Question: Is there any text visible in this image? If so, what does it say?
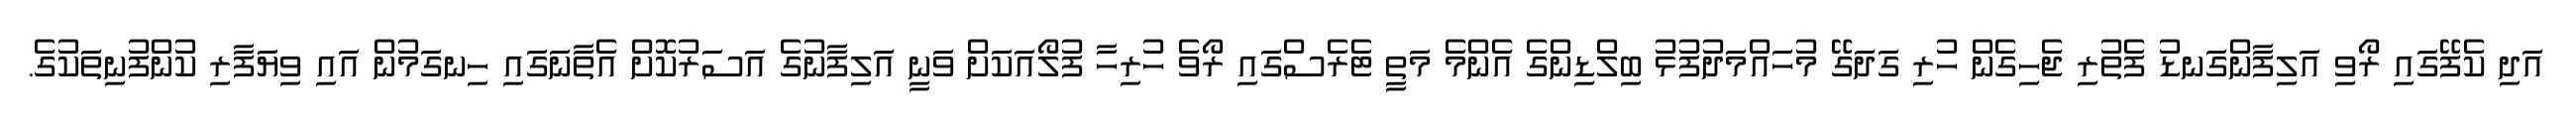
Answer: އަދި ކެފޭގައި ރޯވި އަލިފާންގަނޑު ފެތުރި ޖެހިގެން ހުރި ގަދަގޭ މުހައްމަދުފުޅު ބިލްޑިންގެ އެންމެ މަތީ ޓެރެސްގައި ރޯވެ ހުރިހާ ފުލޯއަކަށް ވަނީ އަލިފާނުގެ އަސަރުކޮށް އެތާނަގައި ހިނގަމުން އައި ވިޔަފާރި ކުންފުނިތަކުގެ.